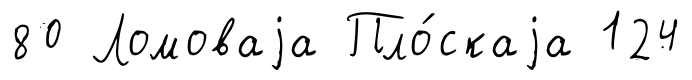
80 Ломоваjа Пло́скаjа 124